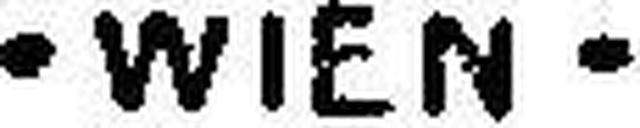
· WIEN ·